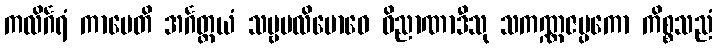
ကလိင်္ဂရံ ကာမေတိ အင်္ဂတ္တယံ သဗ္ဗပလိဗောဓေ ဝိညာဏာဒီသု သကဏ္ဏဇပ္ပကော ကိစ္စသညံ